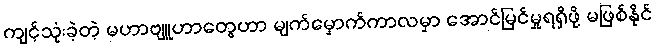
ကျင့်သုံးခဲ့တဲ့ မဟာဗျူဟာတွေဟာ မျက်မှောက်ကာလမှာ အောင်မြင်မှုရရှိဖို့ မဖြစ်နိုင်